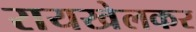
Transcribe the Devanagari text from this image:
रायखेलकर